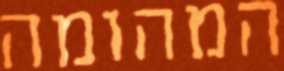
המהומה